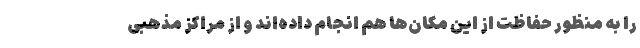
را به منظور حفاظت از این مکان‌ها هم انجام داده‌اند و از مراکز مذهبی